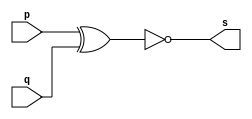
// ------------------------- 
// Exemplo0011 - XNOR 
// Nome: Guilherme Andrade Salum Terra 
// ------------------------- 

// ------------------------- 
// -- xnor gate 
// ------------------------- 
	module xnorgate ( output s, input p, q); 
	assign s = ~(p ^ q); 
	endmodule // xnorgate 
	
// --------------------- 
// -- test xnor gate 
// --------------------- 
	module testxnorgate; 
// ------------------------- dados locais 
	reg a, b; // definir registradores 
	wire s; // definir conexao (fio) 
// ------------------------- instancia 
	xnorgate XNOR1 (s, a, b); 
// ------------------------- preparacao 
	initial begin:start 
		a=0; b=0; 
	end 
// ------------------------- parte principal 
	initial begin 
		$display("Exemplo0011 - Guilherme Terra - 427407"); 
		$display("Test XNOR gate"); 
		$display("\na ^ b = s\n"); 
		a=0; b=0; 
	#1 $display("%b ^ %b = %b", a, b, s); 
		a=0; b=1; 
	#1 $display("%b ^ %b = %b", a, b, s); 
		a=1; b=0; 
	#1 $display("%b ^ %b = %b", a, b, s); 
		a=1; b=1; 
	#1 $display("%b ^ %b = %b", a, b, s); 
	end 

endmodule // testxnorgate 

// ------------------------- testes

/*
	Test XNOR gate
  
 	a ^ b = s
  
  	0 ^ 0 = 1 // retorna 1 se todos os bits forem iguais a 0
  	0 ^ 1 = 0
  	1 ^ 0 = 0
  	1 ^ 1 = 1
*/